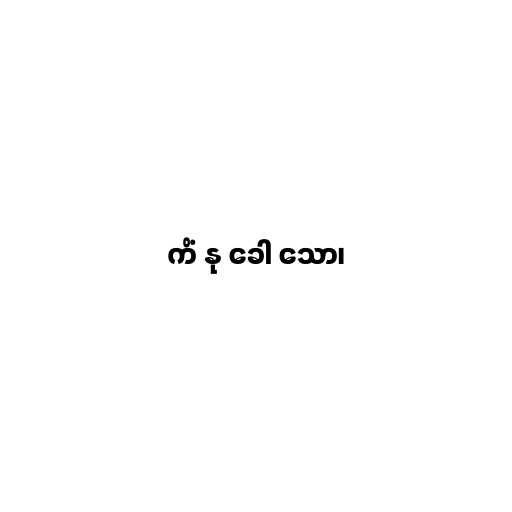
ကိံ နု ခေါ သော၊